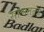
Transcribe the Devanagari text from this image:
साश्वततंत्र